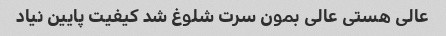
عالی هستی عالی بمون سرت شلوغ شد کیفیت پایین نیاد